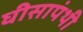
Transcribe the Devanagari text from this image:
घीसापंथी